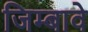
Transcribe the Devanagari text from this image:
जिम्बावे